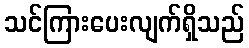
သင်ကြားပေးလျက်ရှိသည်